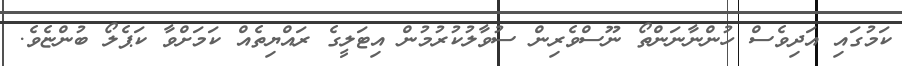
ކަމުގައި އަދިވެސް ހުންނާނަންތޯ ނޫސްވެރިން ސުވާލުކުރުމުން އިޓަލީގެ ރައްޔިތެއް ކަމަށްވާ ކަޕެލޯ ބުންޏެވެ.